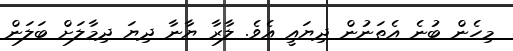
މިހެން ބުނެ އެތަނުން ދިޔައީ އެވެ. ލާރާ ޔާނާ ދިޔަ ދިމާލަށް ބަލަން